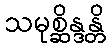
သမုစ္ဆိန္ဒန္တိ